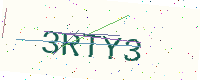
Text: 3RTY3